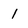
Character: 1